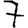
Digit: 7